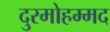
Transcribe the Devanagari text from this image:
दुरमोहम्मद